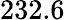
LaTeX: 232.6